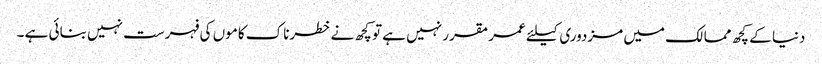
دنیا کے کچھ ممالک میں مزدوری کیلئے عمر مقرر نہیں ہے تو کچھ نے خطرناک کاموں کی فہرست نہیں بنائی ہے ۔